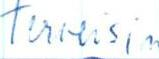
Terveisin